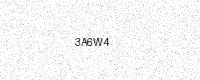
Text: 3A6W4